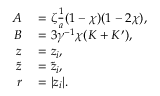
\begin{array} { r l } { A } & { { } = \zeta \frac { 1 } { a } ( 1 - \chi ) ( 1 - 2 \chi ) , } \\ { B } & { { } = 3 \gamma ^ { - 1 } \chi ( K + K ^ { \prime } ) , } \\ { z } & { { } = z _ { i } , } \\ { \tilde { z } } & { { } = \tilde { z } _ { i } , } \\ { r } & { { } = | z _ { i } | . } \end{array}